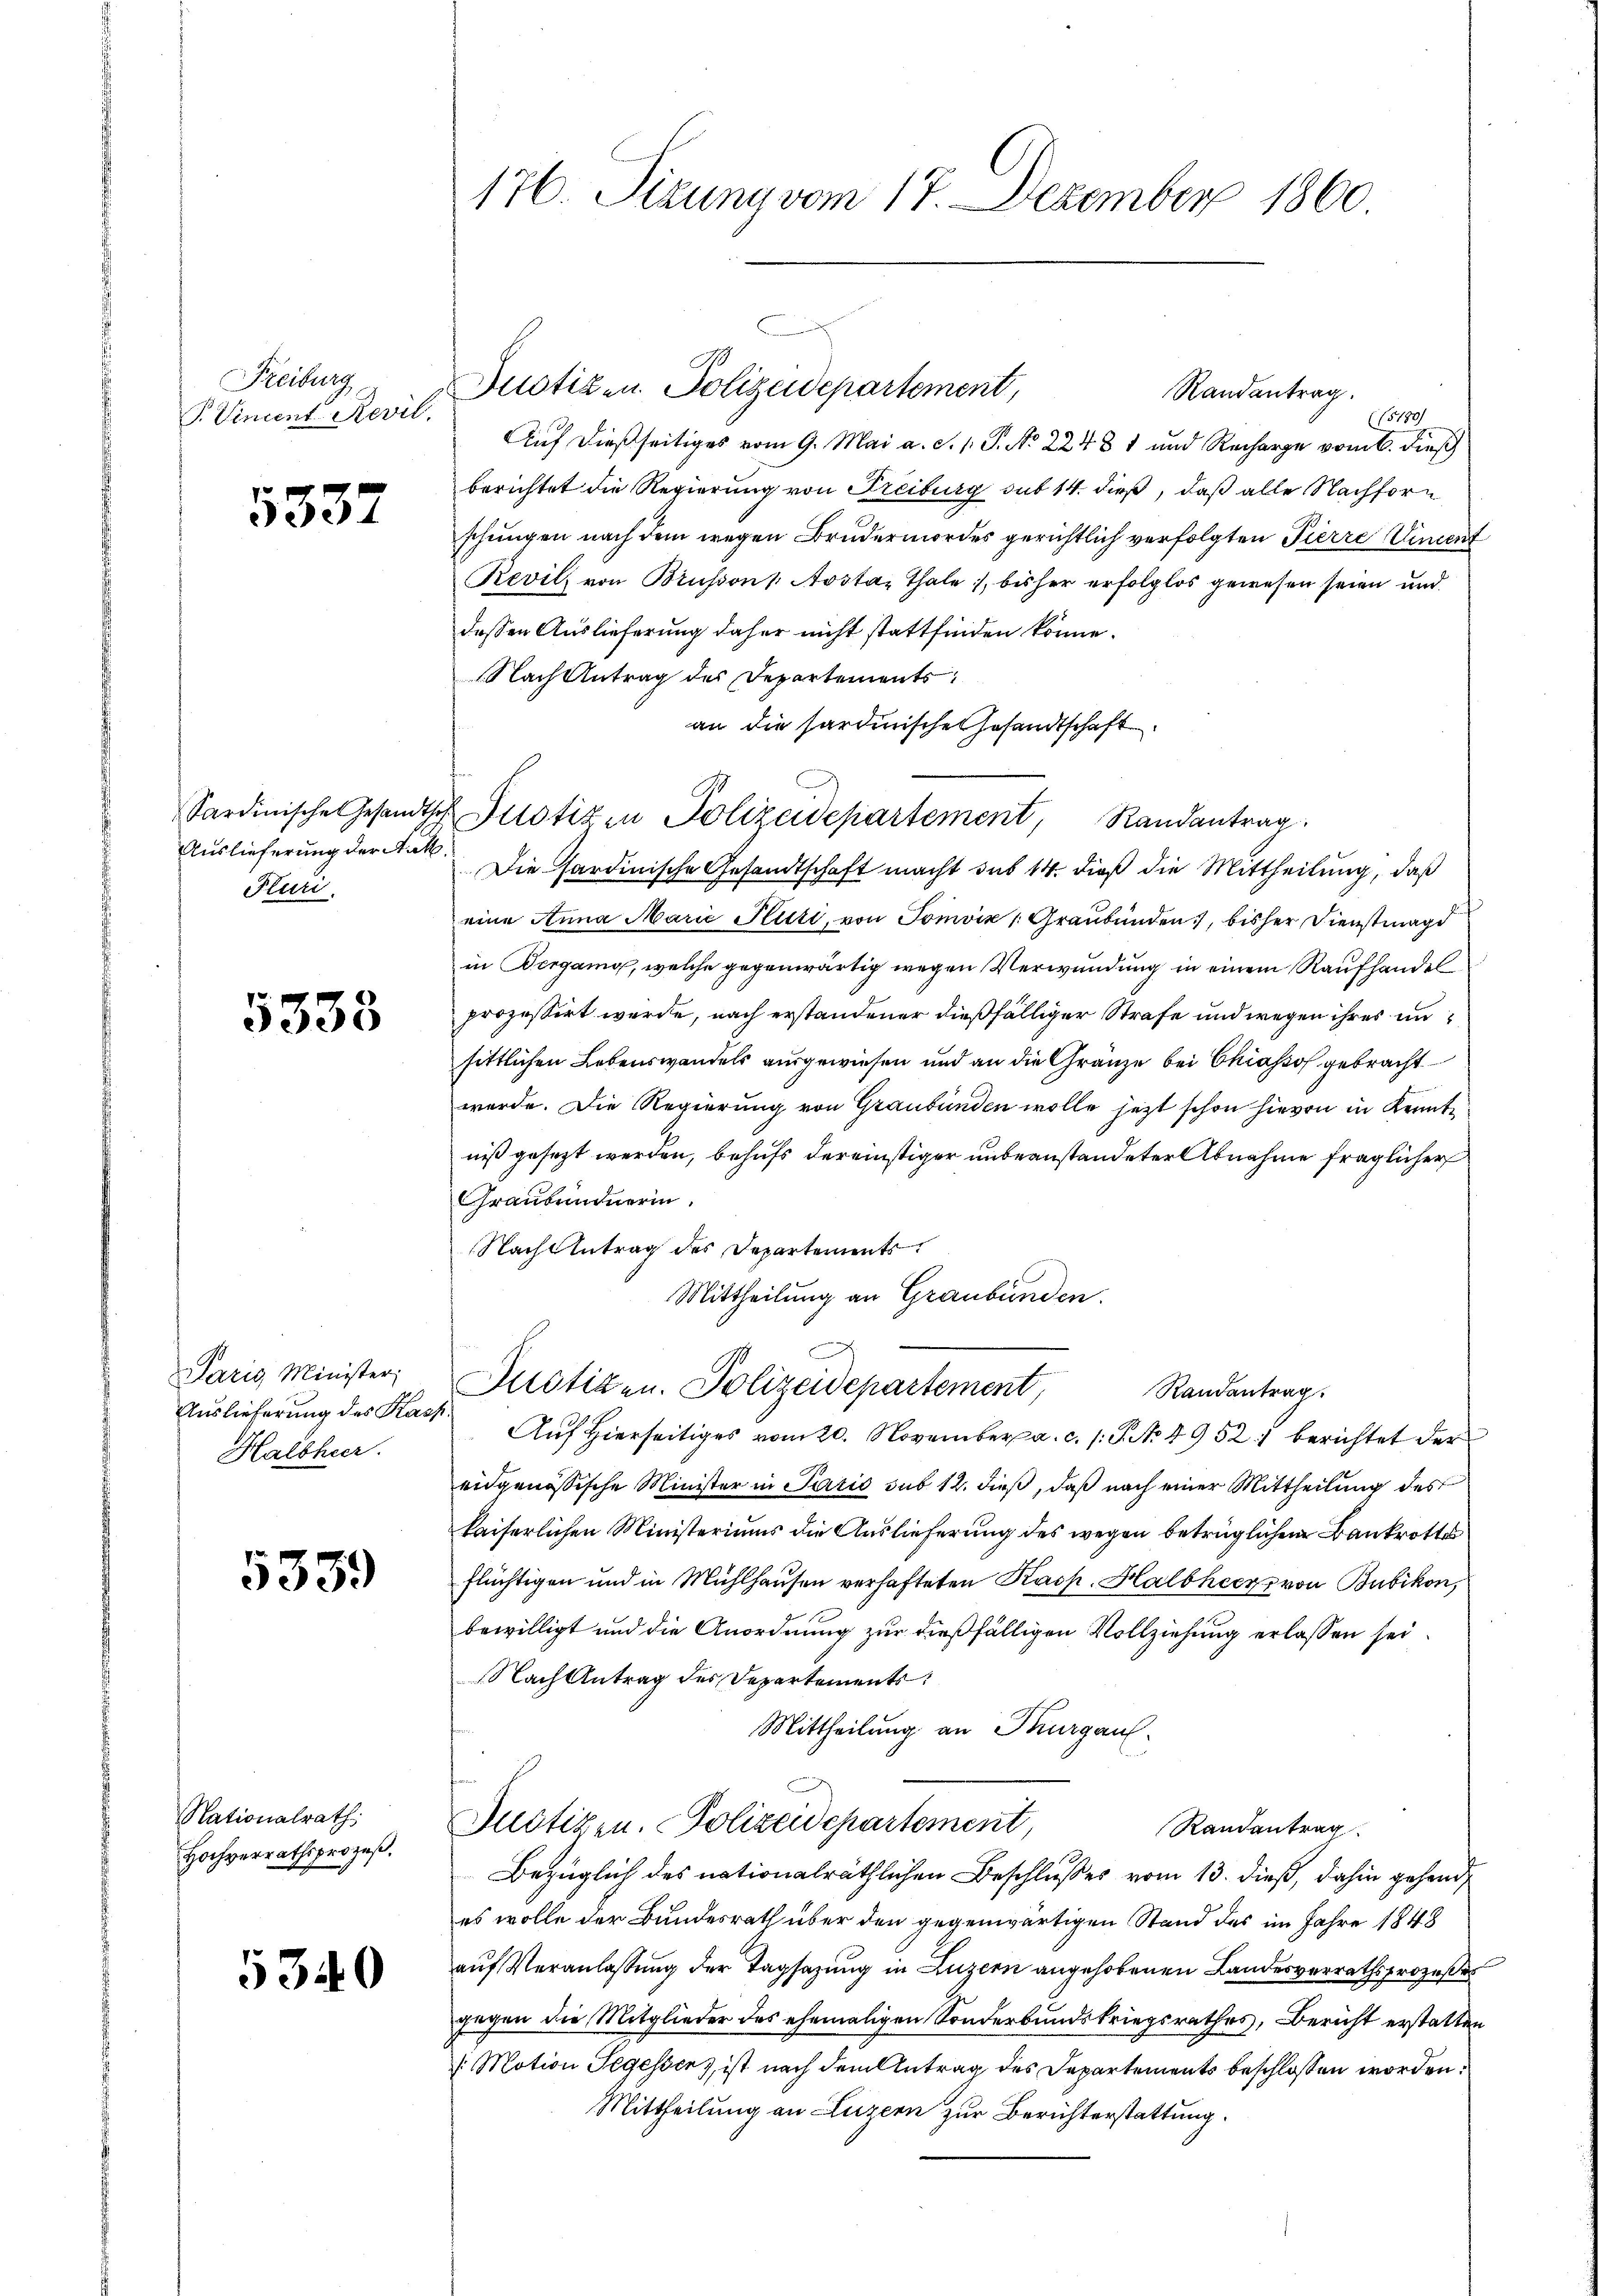
Freiburg,
P. Vincent Revil

5337

Auslieferung der Ant.
Fluri

5338

aris Minister,
Auslieferung des Kass
Halbheer.

5359

Nationalrath
Hochverrathsprozeß.

5340

Randantrag.
(15180/
Auf dießseitiges vom 9. Mai a. d. 1. P. No 22481 und Recharge vom 6. dieß
berichtet die Regierung von Freiburg sub 14. dieß, daß alle Nachforschungen nach dem wegen Brudermordes gerichtlich verfolgten Pierre Unent
Revils von Brüsson Aostaz Thale, bisher erfolglos gewesen seien und
dessen Auslieferung daher nicht stattfinden könne.
Nach Antrag des Departements
an die sardinische Gesandtschaft
Die Sardinische Gesandtschaft macht das 14. dieß die Mittheilung, daß
eine Anna Marie Pluti, von Tomvix 1 Graubünden, bisher Dienstmagd
in Bergang, welche gegenwärtig wegen Verwundung in einem Raufhandel
prozessirt werde, nach erstandener dießfälliger Strafe und wegen ihres unsittlichen Lebenswandels ausgewiesen und an die Gränze bei Chiasso gebracht
werde. Die Regierung von Graubünden wolle jetzt schon hievon in Kennte
niß gesezt werden, behufs dereinstiger unbeanstandeter Abnahme fraglicher
Graubündnerin
Nacht entrag des Departements.
Mittheilung an Graubünden.
Justizen. Polizeidepartement, Randantrag.
Auf Hierseitiges vom 20. November a. c. /: P. No 4952. berichtet der
eidgenössische Minister in Paris sub 12. dieß, daß nach einer Mittheilung des
kaiserlichen Ministeriums die Auslieferung des wegen betrüglichen Bankrotte
flüchtigen und in Mühlhausen verhafteten Kasp. Halbheer von Bubikon,
bewilligt und die Anordnung zur dießfälligen Vollziehung erlassen sei.
Nach Antrag des Departements
Mittheilung an Thurgau.
Justizen. Polizeidepartement,
Randantrag
Bezüglich des nationalräthlichen Beschlußes vom 13. dieß, dahin gehend
es wolle der Bundesrath über den gegenwärtigen Stand des im Jahre 1848
auf Veranlassung der Tagsazung in Luzern angehobenen Landesverrathsprozeßes
gegen die Mitglieder des ehemaligen Sonderbundskriegsrathes, Bericht erstatten
/ Motion Segesser), ist nach dem Antrag des Departements beschlossen worden:
Mittheilung an Luzern zur Berichterstattung.

176. Sizung vom 17. Dezember 1860

Justiz- u. Polizeidepartement,

Sardinische Gesandtsch Protizen Polizeidepartement, Randantrag.